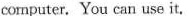
computer. You can use it.